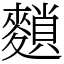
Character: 䵀